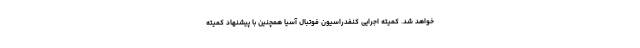
خواهد شد. کمیته اجرایی کنفدراسیون فوتبال آسیا همچنین با پیشنهاد کمیته